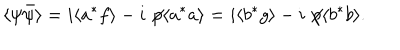
\langle \psi \bar { \psi } \rangle = i \langle a ^ { * } f \rangle - i \not \! p \langle a ^ { * } a \rangle = i \langle b ^ { * } g \rangle - i \not \! p \langle b ^ { * } b \rangle .